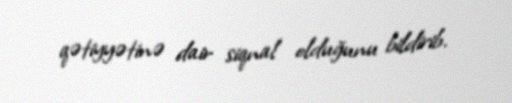
qətiyyətinə dair siqnal olduğunu bildirib.